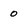
Character: 0